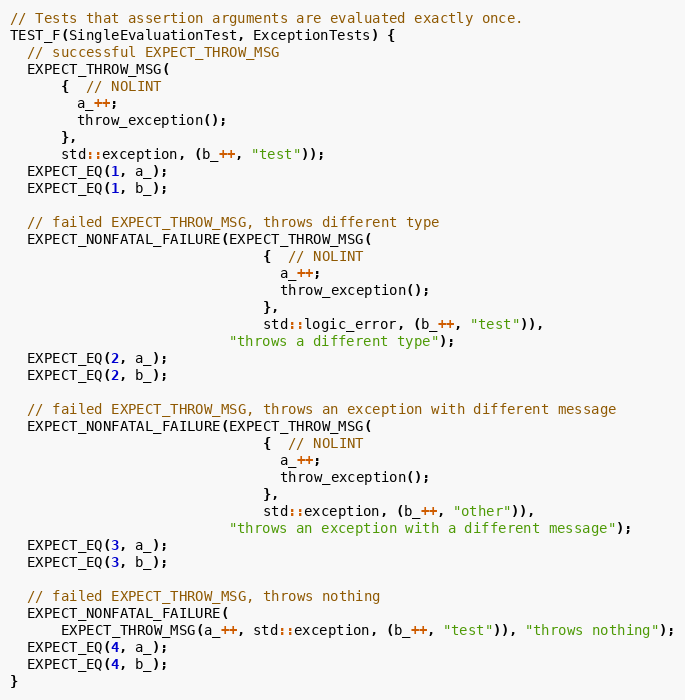
Language: C++
// Tests that assertion arguments are evaluated exactly once.
TEST_F(SingleEvaluationTest, ExceptionTests) {
  // successful EXPECT_THROW_MSG
  EXPECT_THROW_MSG(
      {  // NOLINT
        a_++;
        throw_exception();
      },
      std::exception, (b_++, "test"));
  EXPECT_EQ(1, a_);
  EXPECT_EQ(1, b_);

  // failed EXPECT_THROW_MSG, throws different type
  EXPECT_NONFATAL_FAILURE(EXPECT_THROW_MSG(
                              {  // NOLINT
                                a_++;
                                throw_exception();
                              },
                              std::logic_error, (b_++, "test")),
                          "throws a different type");
  EXPECT_EQ(2, a_);
  EXPECT_EQ(2, b_);

  // failed EXPECT_THROW_MSG, throws an exception with different message
  EXPECT_NONFATAL_FAILURE(EXPECT_THROW_MSG(
                              {  // NOLINT
                                a_++;
                                throw_exception();
                              },
                              std::exception, (b_++, "other")),
                          "throws an exception with a different message");
  EXPECT_EQ(3, a_);
  EXPECT_EQ(3, b_);

  // failed EXPECT_THROW_MSG, throws nothing
  EXPECT_NONFATAL_FAILURE(
      EXPECT_THROW_MSG(a_++, std::exception, (b_++, "test")), "throws nothing");
  EXPECT_EQ(4, a_);
  EXPECT_EQ(4, b_);
}